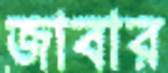
জাবার